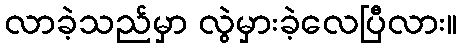
လာခဲ့သည်မှာ လွဲမှားခဲ့လေပြီလား။